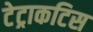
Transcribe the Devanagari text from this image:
टेट्राकटिस